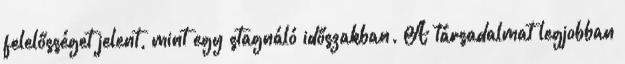
felelősséget jelent, mint egy stagnáló időszakban. A társadalmat legjobban